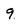
Character: 9